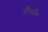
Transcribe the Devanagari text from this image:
नेग्लिजेंस